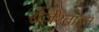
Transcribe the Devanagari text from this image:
रोज़ेंश्ताइन